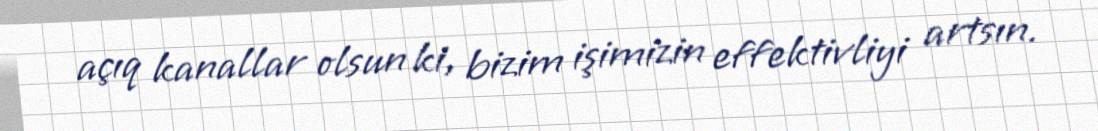
açıq kanallar olsun ki, bizim işimizin effektivliyi artsın.